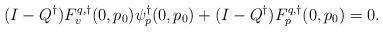
\begin{align*}(I-Q^\dagger)F^{q,\dagger}_v(0,p_0)\psi^\dagger_p(0,p_0) + (I-Q^\dagger)F^{q,\dagger}_p(0,p_0) = 0.\end{align*}